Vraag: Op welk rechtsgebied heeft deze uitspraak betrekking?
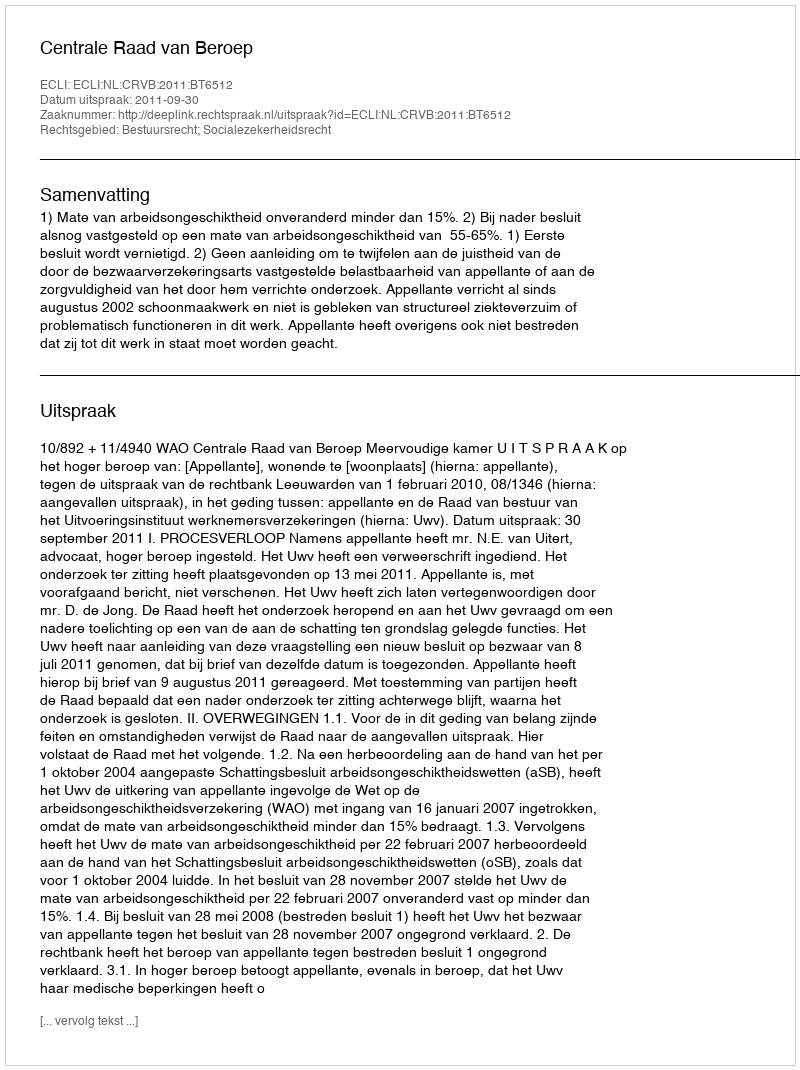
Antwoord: Bestuursrecht; Socialezekerheidsrecht